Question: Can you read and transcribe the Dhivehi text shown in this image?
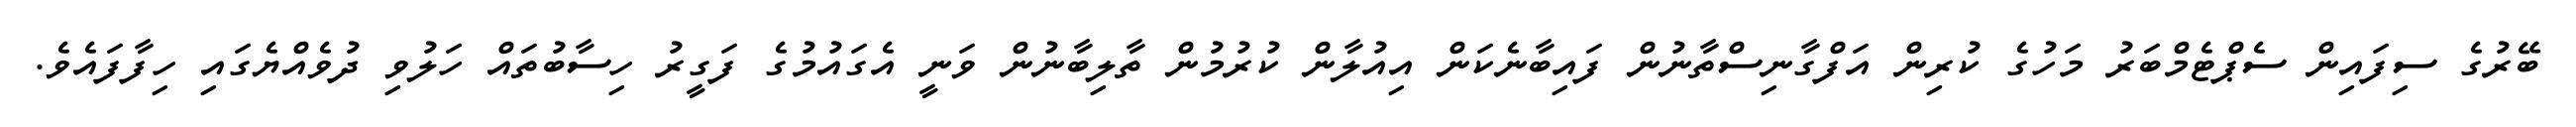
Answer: ބޭރުގެ ސިފައިން ސެޕްޓެމްބަރު މަހުގެ ކުރިން އަފްގާނިސްތާނުން ފައިބާނެކަން އިއުލާން ކުރުމުން ތާލިބާނުން ވަނީ އެގައުމުގެ ފަގީރު ހިސާބުތައް ހަލުވި ދުވެއްޔެގައި ހިފާފައެވެ.